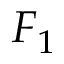
F _ { 1 }